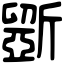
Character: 斵